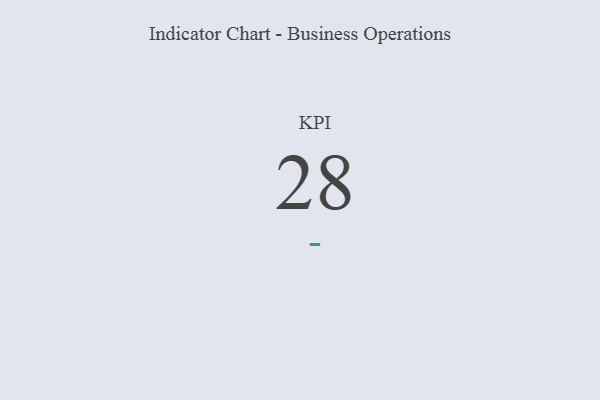
{"axis": {"x": "KPI", "y": "Value"}, "legend": [""], "data": [{"x": "KPI", "y": 28, "type": ""}]}